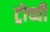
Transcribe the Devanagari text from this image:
ट्रोच्ची